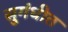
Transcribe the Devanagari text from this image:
सुगंधीत